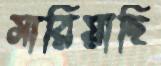
সারিয়াছি